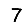
Digit: 7